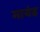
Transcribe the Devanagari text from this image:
मायंड